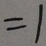
= 1